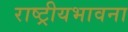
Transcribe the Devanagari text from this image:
राष्ट्रीयभावना